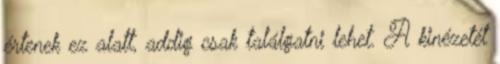
értenek ez alatt, addig csak találgatni lehet. A kinézetét